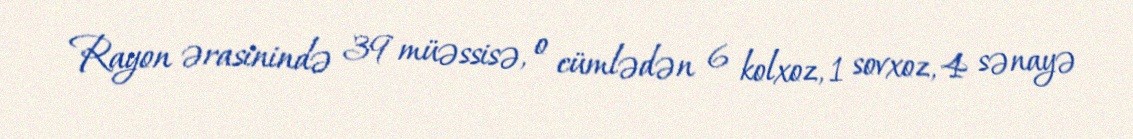
Rayon ərasinində 39 müəssisə, o cümlədən 6 kolxoz, 1 sovxoz, 4 sənayə